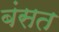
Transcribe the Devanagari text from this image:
बंसत